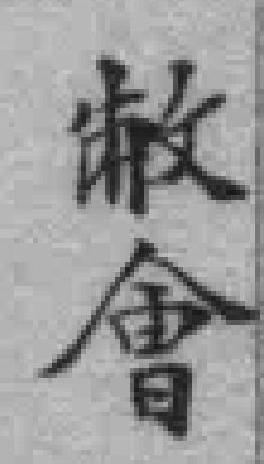
敝會